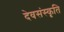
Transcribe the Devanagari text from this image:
देवसंस्कृति